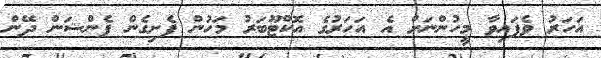
އަހަރު ވެފައިވާ މީހުންނަށް އެ އަހަރުގެ އޮކްޓޫބަރު މަހުން ފެށިގެން ޕެންޝަން ދޭން